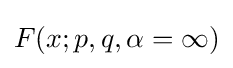
F(x;p,q,\alpha =\infty )